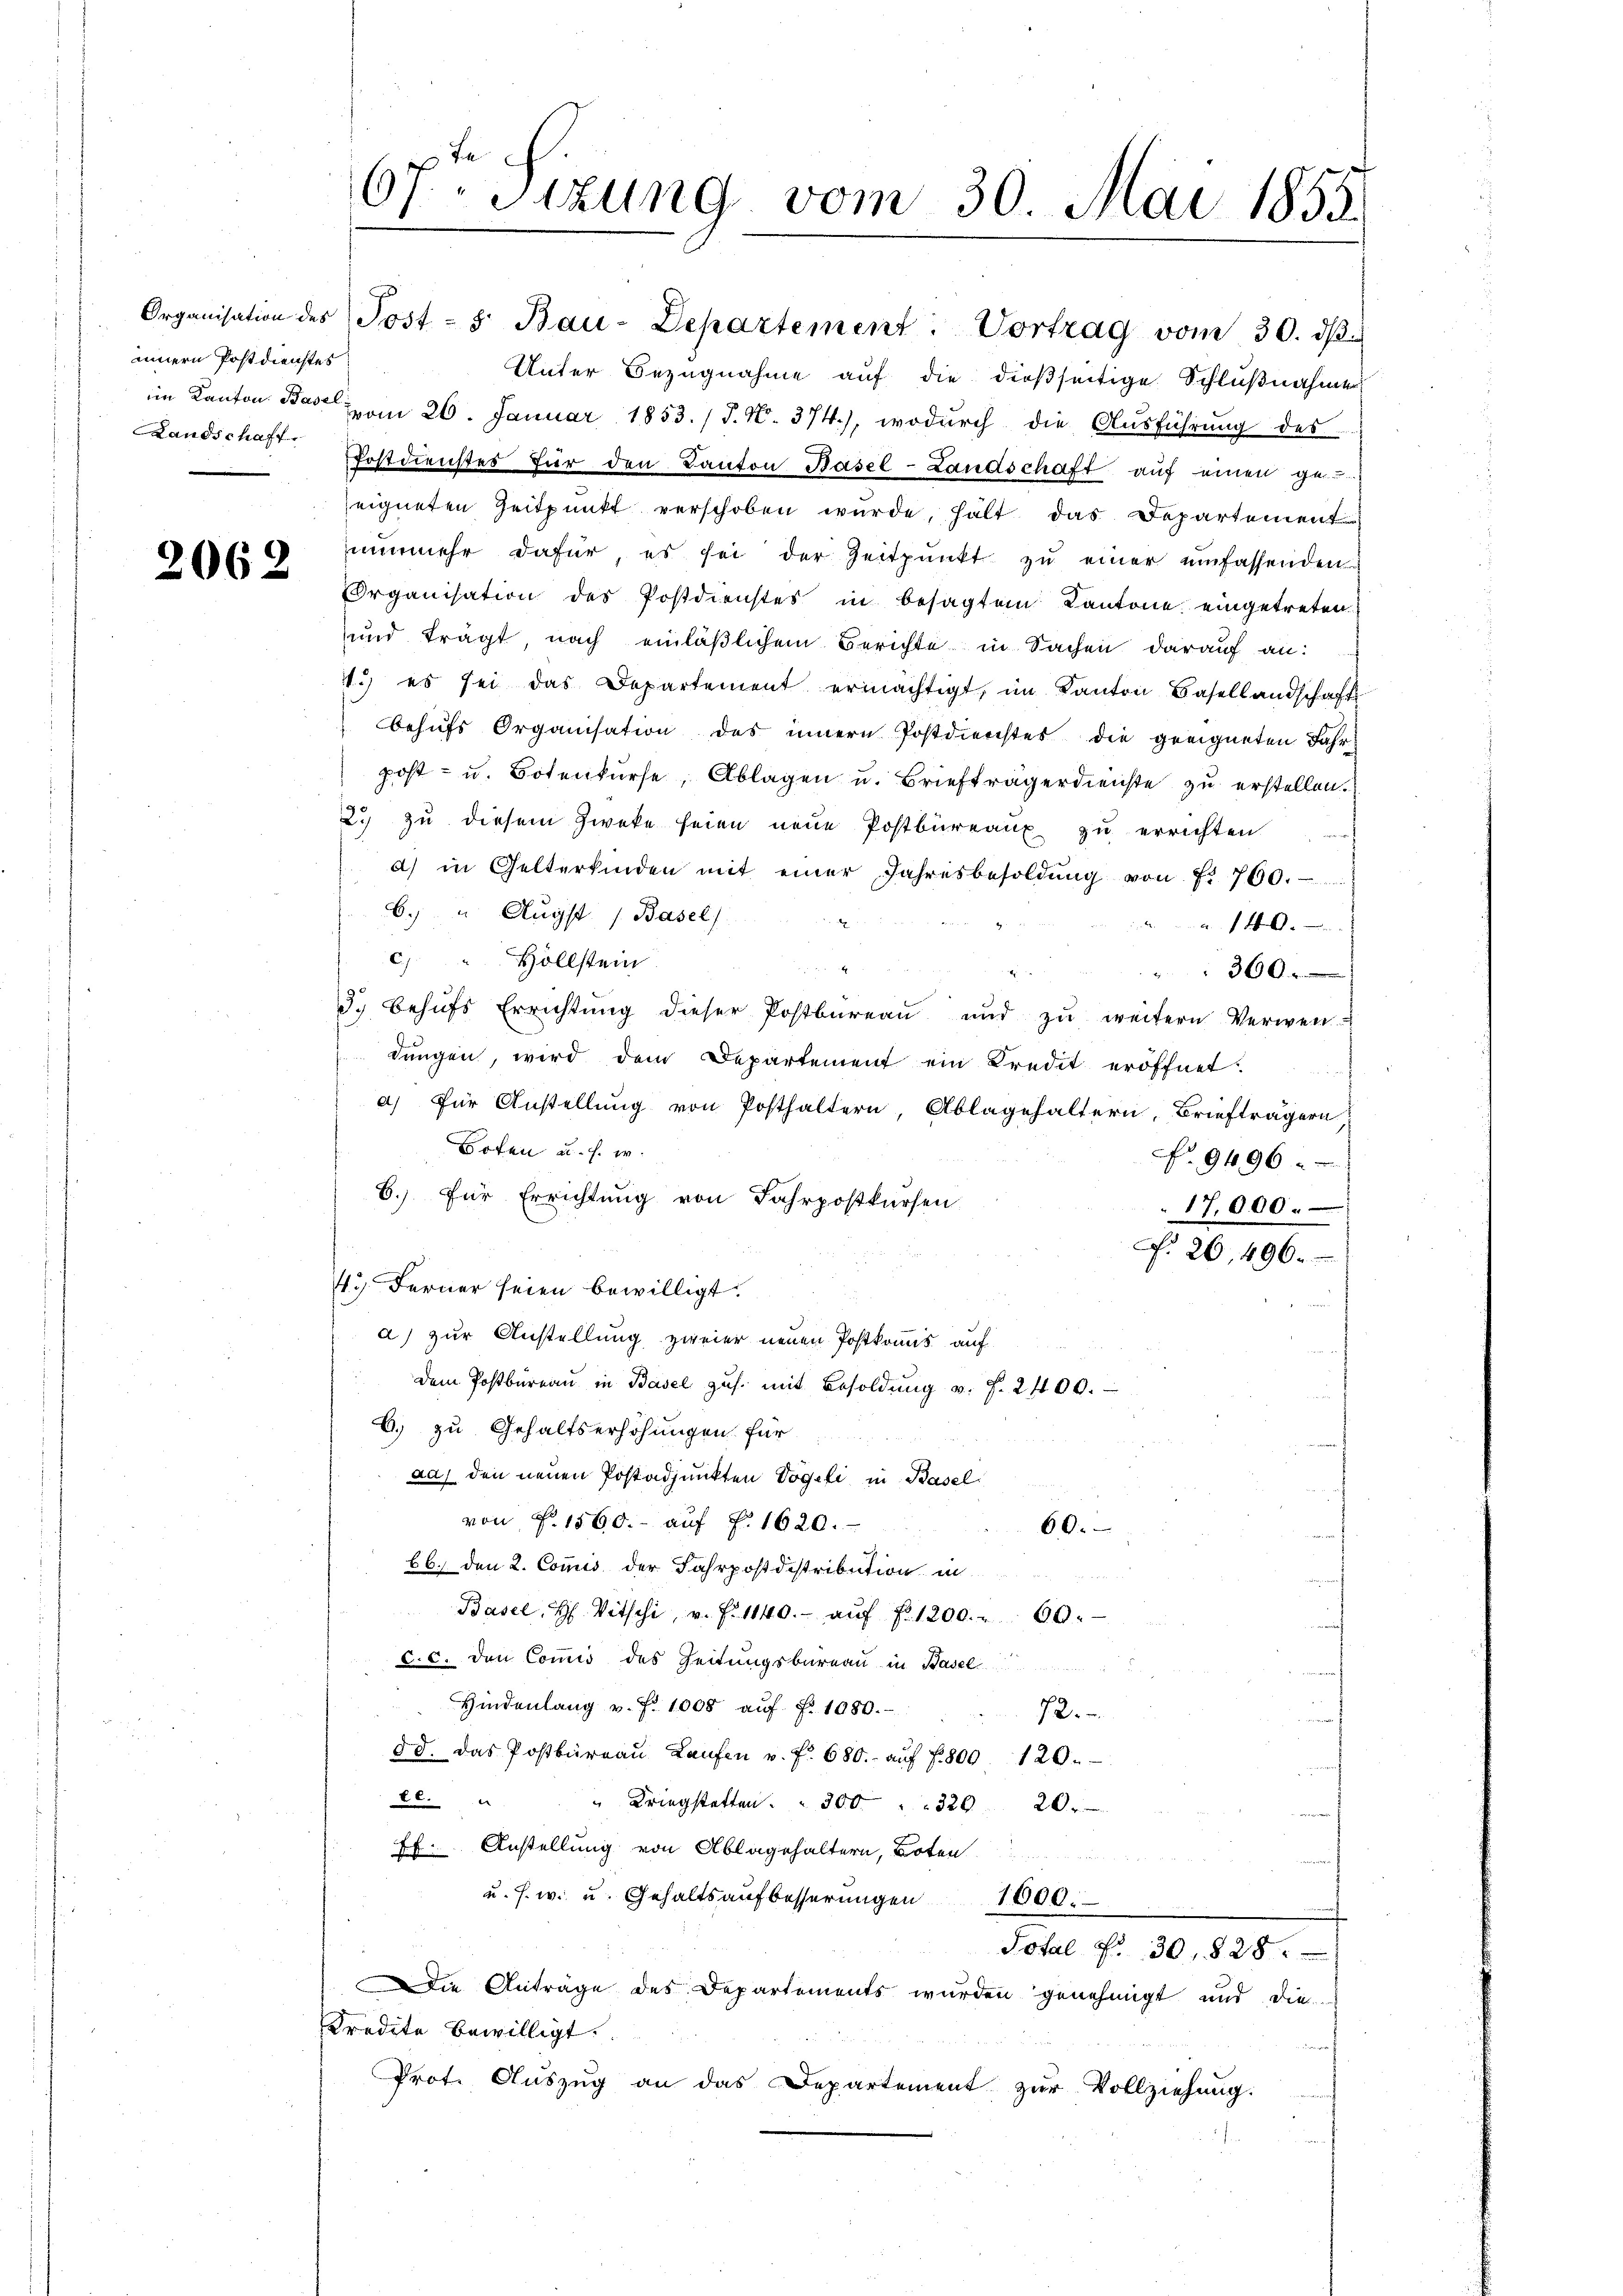
innern Postdienstes
Landschaff

2062

Organisation des Post - 5. Bau-Departement: Vortrag vom 30. dβ
Unter Bezugnahme auf die dießseitige Schlußnahme
im Kanton Bar am 26. Januar 1853. /T. N. 374), wodurch die Ausführung des
Postdienstes für den Kanton Basel-Landschaft aŭf einen ge-
seigneten Zeitpunkt verschoben wurde, hält das Departement
nŭnmehr dafür es sei der Zeitpunkt zŭ einer umfassenden
Organisation des Postdienstes in besagtem Kantone eingetreten.
und trägt, nach einläßlichem Berichte in Sachen darauf an:
1.) es sei das Departement ermächtigt, im Kanton Basellandschafts
behŭfs Organisation des innern Postdierchtes die geeigneten Jahr
post- u. Botenkurse, Ablagen u. Briefträgerdienste zu erstellen.
2. zu diesem Zweke seien neue Postbüreaux zu errichten
a) in Gelterkinden mit einer Jahresbesoldŭng von f. 760.
6. " Augst (Basel
x
 140.
c) " Hollstein

300
3. behŭfs Errichtŭng dieser Postbüreaŭ und zŭ weitern Verwen-
dungen, wird dem Departement ein Kredit eröffnet.
a) für Anstellung von Posthaltern, Ablagehaltern, Briefträgern,
Boten u. s. w.
9496 x
6.) für Errichtung von Fahrpostkursen.
17,000.
N. 26,496.
43) Ferner seien bewilligt.
a) zur Anstellung zweier neuen Postkomis auf
Dem Postbüreau in Basel zus. mit Besoldung v. J. 2400.
b) zu Gehaltserhöhungen für
aa) den neuen Postadjunkten Vogeli in Basel
von P. 1560.- auf §. 1620.
60.
bb. den 2. Comis der Fahrpostdistribution in
Basel, H. Vitschi, v. f. 1140.- aŭf fr. 1200. - 60.
C. c. den Comis des Zeitungsbureau in Basel
Hindenlang v. P. 1008 auf §. 1080.
72.
58. Das Postbüreaŭ Laŭfen u. f. 680. aŭf § 800. 120.
20.
" Kriegstatten. " 300 " 2920.
E. Anstellung von Ablagehaltern, Boten
u. s. w. u. Gehaltsaufbesserŭngen 1000.
Total Fr. 30. 828.
Die Anträge des Departements wurden genehmigt und die
Kredite bewilligt.
Prot. Auszug an das Departement zur Vollziehung:

67. Sizung vom 30. Mai 1855.